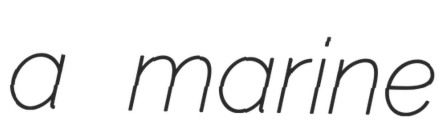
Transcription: a marine